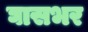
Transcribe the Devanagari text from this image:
घासभर